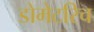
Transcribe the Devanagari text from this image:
डोमेटरिच